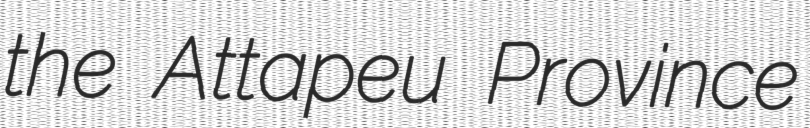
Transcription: the Attapeu Province